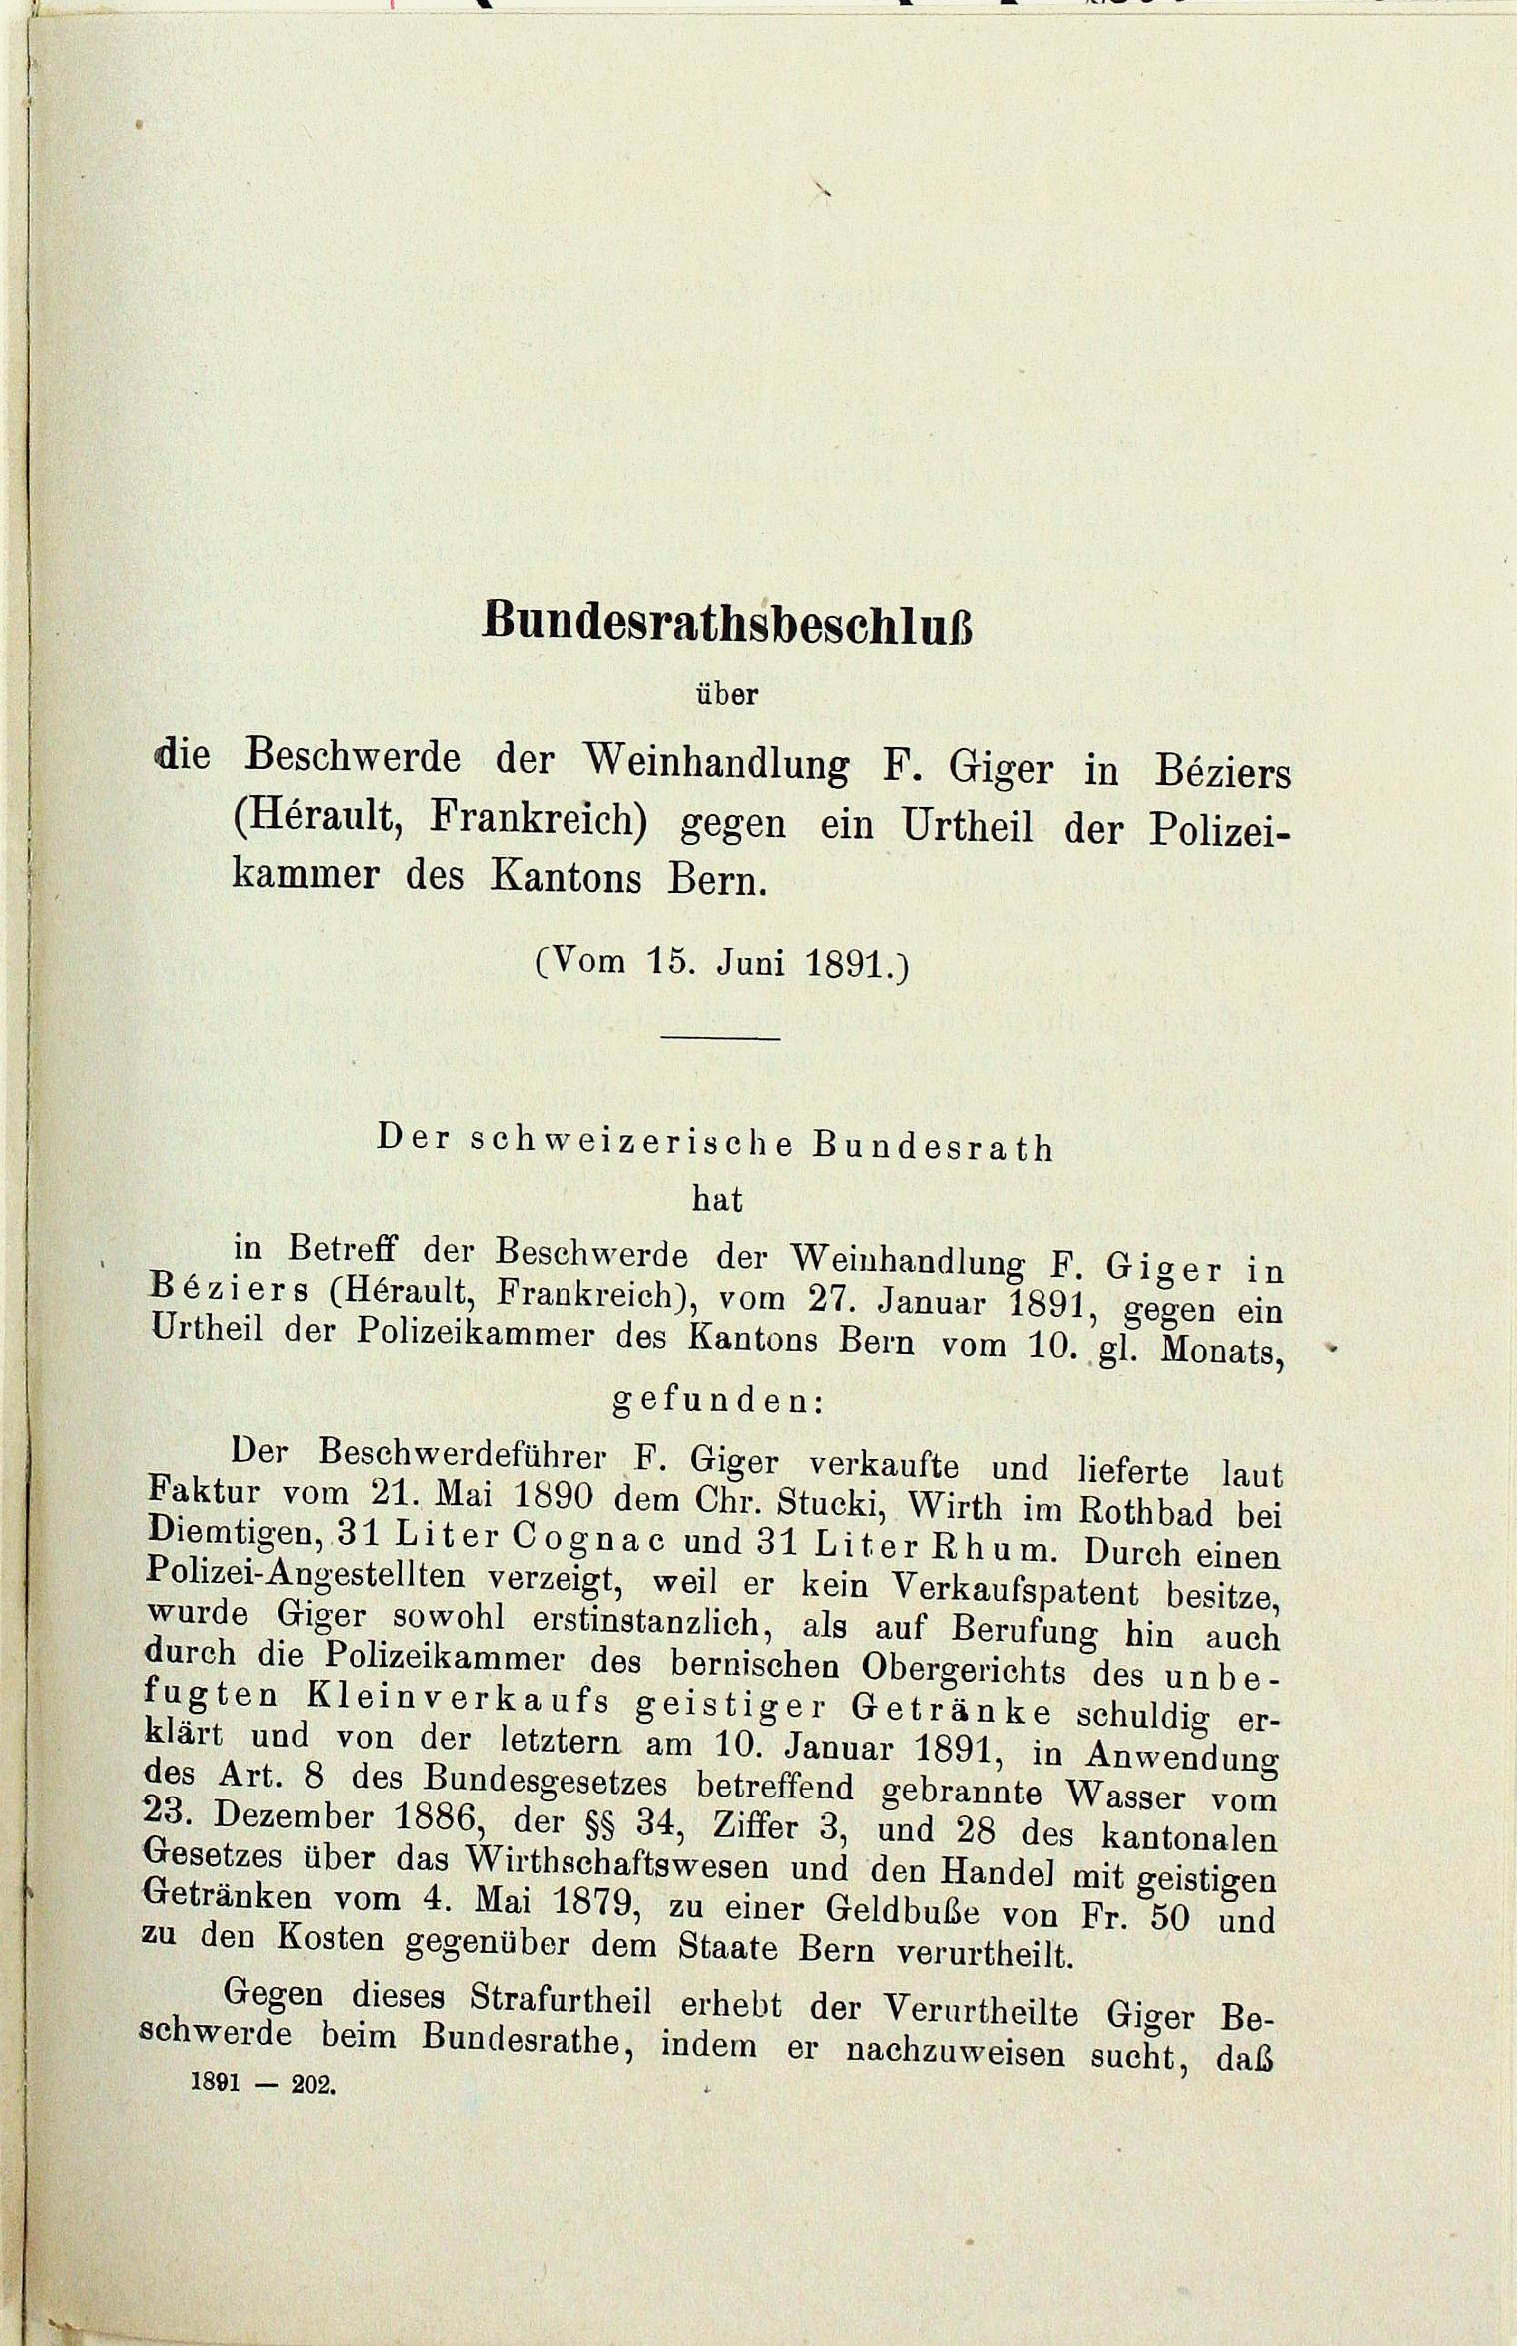
(Hérault, Frankreich) gegen ein Urtheil der Polizei-
kammer des Kantons Bern.
(Vom 15. Juni 1891.)

Bundesrathsbeschluß
über
die Beschwerde der Weinhandlung F. Giger in Beziers

Der schweizerische Bundesrath

hat
in Betreff der Beschwerde der Weinhandlung F. Giger in
Béziers (Hérault, Frankreich), vom 27. Januar 1891, gegen ein
Urtheil der Polizeikammer des Kantons Bern vom 10. gl. Monats,
gefunden:
Der Beschwerdeführer F. Giger verkaufte und lieferte laut
Faktur vom 21. Mai 1890 dem Chr. Stucki, Wirth im Rothbad bei
Diemtigen, 31 Liter Cognac und 31 Liter Rhum. Durch einen
Polizei-Angestellten verzeigt, weil er kein Verkaufspatent besitze,
wurde Giger sowohl erstinstanzlich, als auf Berufung hin auch
durch die Polizeikammer des bernischen Obergerichts des unbe-
fugten Kleinverkaufs geistiger Getränke schuldig er-
klärt und von der letztem am 10. Januar 1891, in Anwendung
des Art. 8 des Bundesgesetzes betreffend gebrannte Wasser vom
23. Dezember 1886, der §§ 34, Ziffer 3, und 28 des kantonalen
Gesetzes über das Wirthschaftswesen und den Handel mit geistigen
Getränken vom 4. Mai 1879, zu einer Geldbuße von Fr. 50 und
zu den Kosten gegenüber dem Staate Bern verurtheilt.
Gegen dieses Strafurtheil erhebt der Verurtheilte Giger Be-
schwerde beim Bundesrathe, indem er nachzuweisen sucht, das
1891 — 202.